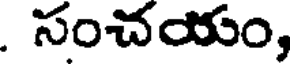
. సంచయం,